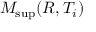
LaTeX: M _ { \operatorname* { s u p } } ( R , T _ { i } )